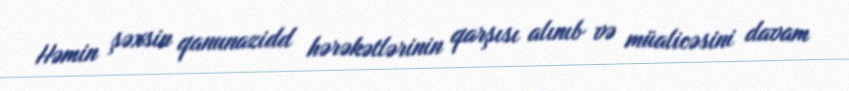
Həmin şəxsin qanunazidd hərəkətlərinin qarşısı alınıb və müalicəsini davam